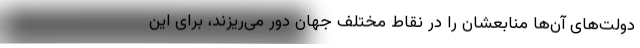
دولت‌های آن‌ها منابعشان را در نقاط مختلف جهان دور می‌ریزند، برای این